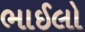
ભાઈલો